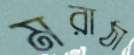
মরাঠা